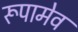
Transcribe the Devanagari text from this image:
रूपामेव